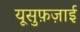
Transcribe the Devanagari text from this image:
यूसुफ़ज़ाई